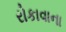
રોકાવાના